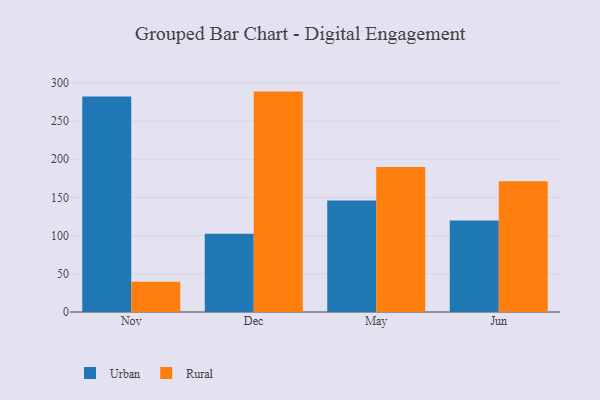
{"axis": {"x": "Month", "y": "Operating Costs (USD K)"}, "legend": ["Rural", "Urban"], "data": [{"x": "Nov", "y": 282.3, "type": "Urban"}, {"x": "Nov", "y": 39.7, "type": "Rural"}, {"x": "Dec", "y": 102.4, "type": "Urban"}, {"x": "Dec", "y": 288.6, "type": "Rural"}, {"x": "May", "y": 146.1, "type": "Urban"}, {"x": "May", "y": 189.9, "type": "Rural"}, {"x": "Jun", "y": 119.7, "type": "Urban"}, {"x": "Jun", "y": 171.2, "type": "Rural"}]}